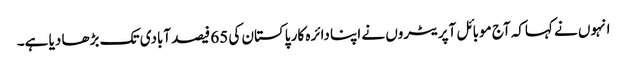
انہوں نے کہاکہ آج موبائل آپریٹروں نے اپنا دائرہ کار پاکستان کی 65 فیصد آبادی تک بڑھا دیا ہے۔